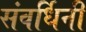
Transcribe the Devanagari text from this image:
संवर्धिनी